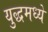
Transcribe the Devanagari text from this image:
युद्धमध्ये